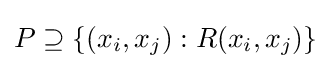
P\supseteq \{(x_{i},x_{j}):R(x_{i},x_{j})\}